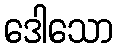
ဒေါသော